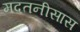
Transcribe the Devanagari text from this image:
मदतनीसास